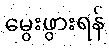
မွေးဖွားရန်